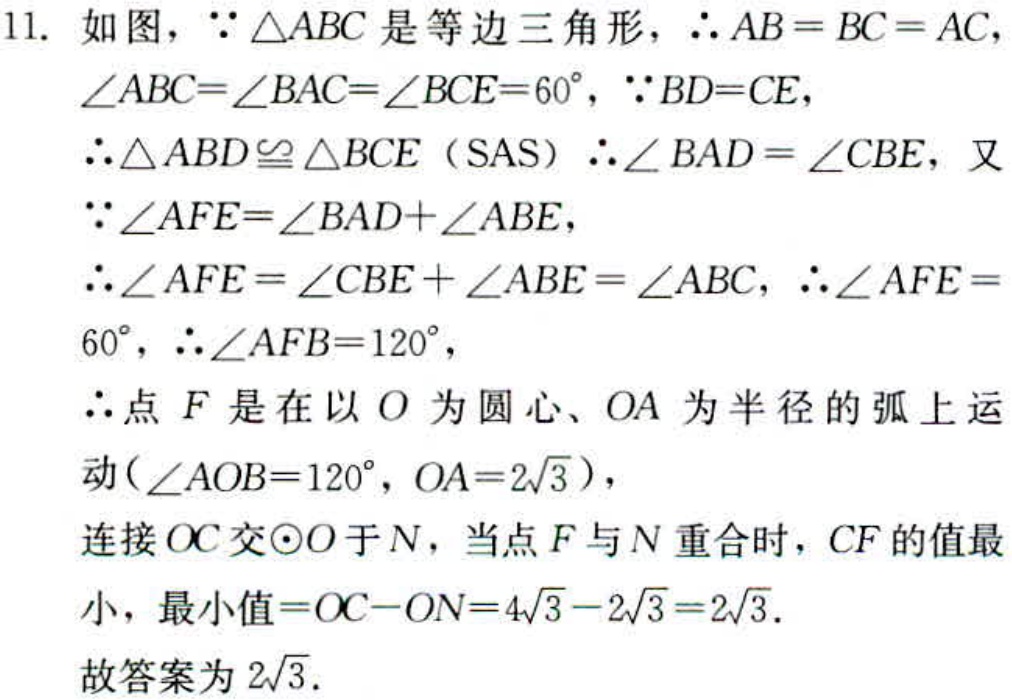
11. 如图，$\because \triangle ABC$ 是等边三角形，$\therefore AB = BC = AC$，
$\angle ABC=\angle BAC=\angle BCE = 60^{\circ}$，$\because BD = CE$，
$\therefore \triangle ABD\cong \triangle BCE$（SAS）$\therefore \angle BAD=\angle CBE$，又
$\because \angle AFE=\angle BAD+\angle ABE$，
$\therefore \angle AFE=\angle CBE+\angle ABE=\angle ABC$，$\therefore \angle AFE =$
$60^{\circ}$，$\therefore \angle AFB = 120^{\circ}$，
$\therefore$ 点 $F$ 是在以 $O$ 为圆心、$OA$ 为半径的弧上运
动（$\angle AOB = 120^{\circ}$，$OA = 2\sqrt{3}$），
连接 $OC$ 交 $\odot O$ 于 $N$，当点 $F$ 与 $N$ 重合时，$CF$ 的值最
小，最小值 $=OC - ON=4\sqrt{3}-2\sqrt{3}=2\sqrt{3}$.
故答案为 $2\sqrt{3}$.